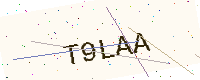
Text: T9LAA